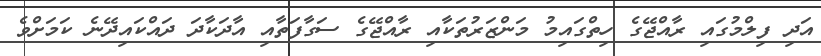
އަދި ފިލްމުގައި ރާއްޖޭގެ ހިތްގައިމު މަންޒަރުތަކާއި ރާއްޖޭގެ ސަގާފަތާއި އާދަކާދަ ދައްކައިދޭނެ ކަމަށްވެ